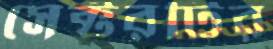
সেক্টরটির